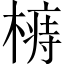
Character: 𣙦